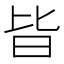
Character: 𣅜